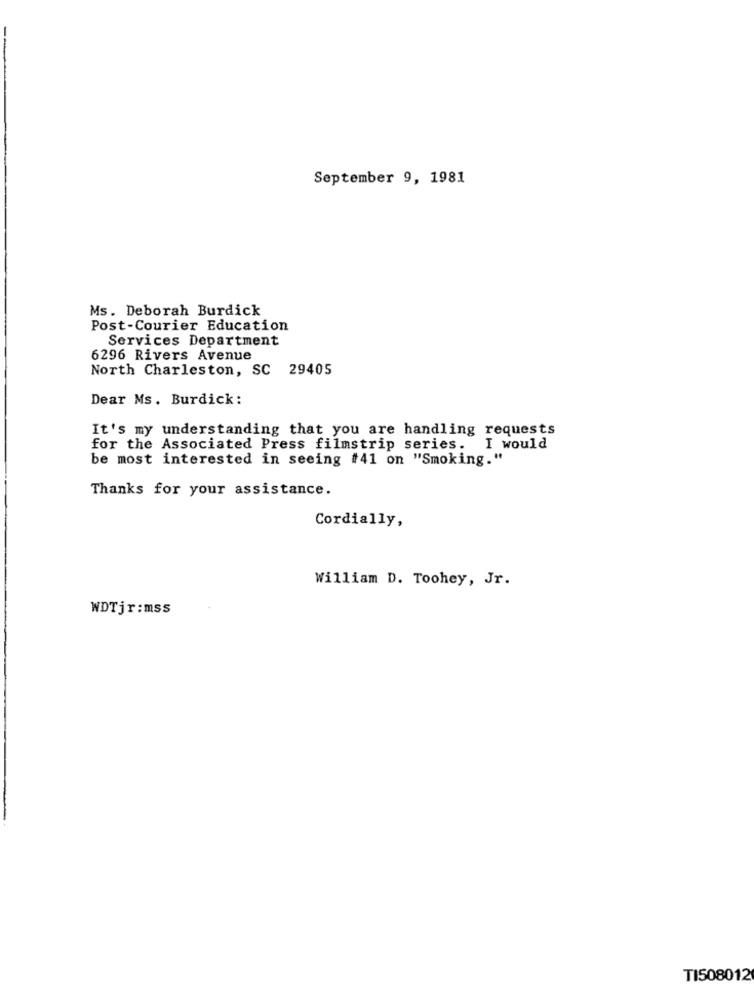
September 9, 1981
Ms. Deborah Burdick
Post-Courier Education
Services Department
6296 Rivers Avenue
North Charleston, SC 29405
Dear Ms. Burdick:
It's my understanding that you are handling requests
for the Associated Press filmstrip series.
I would
be most interested in seeing #41 on "Smoking."
Thanks for your assistance.
Cordially,
William D. Toohey, Jr.
WDTjr:mss
TI508012